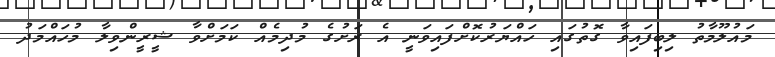
މައުލޫމާތު ލިބިފައިވާ ގޮތުގައި ހައްޔަރުކޮށްފައިވަނީ އެ ރަށުގެ މުދިމެއް ކަމަށްވާ ޝީރީންވިލާ މުހައްމަދު